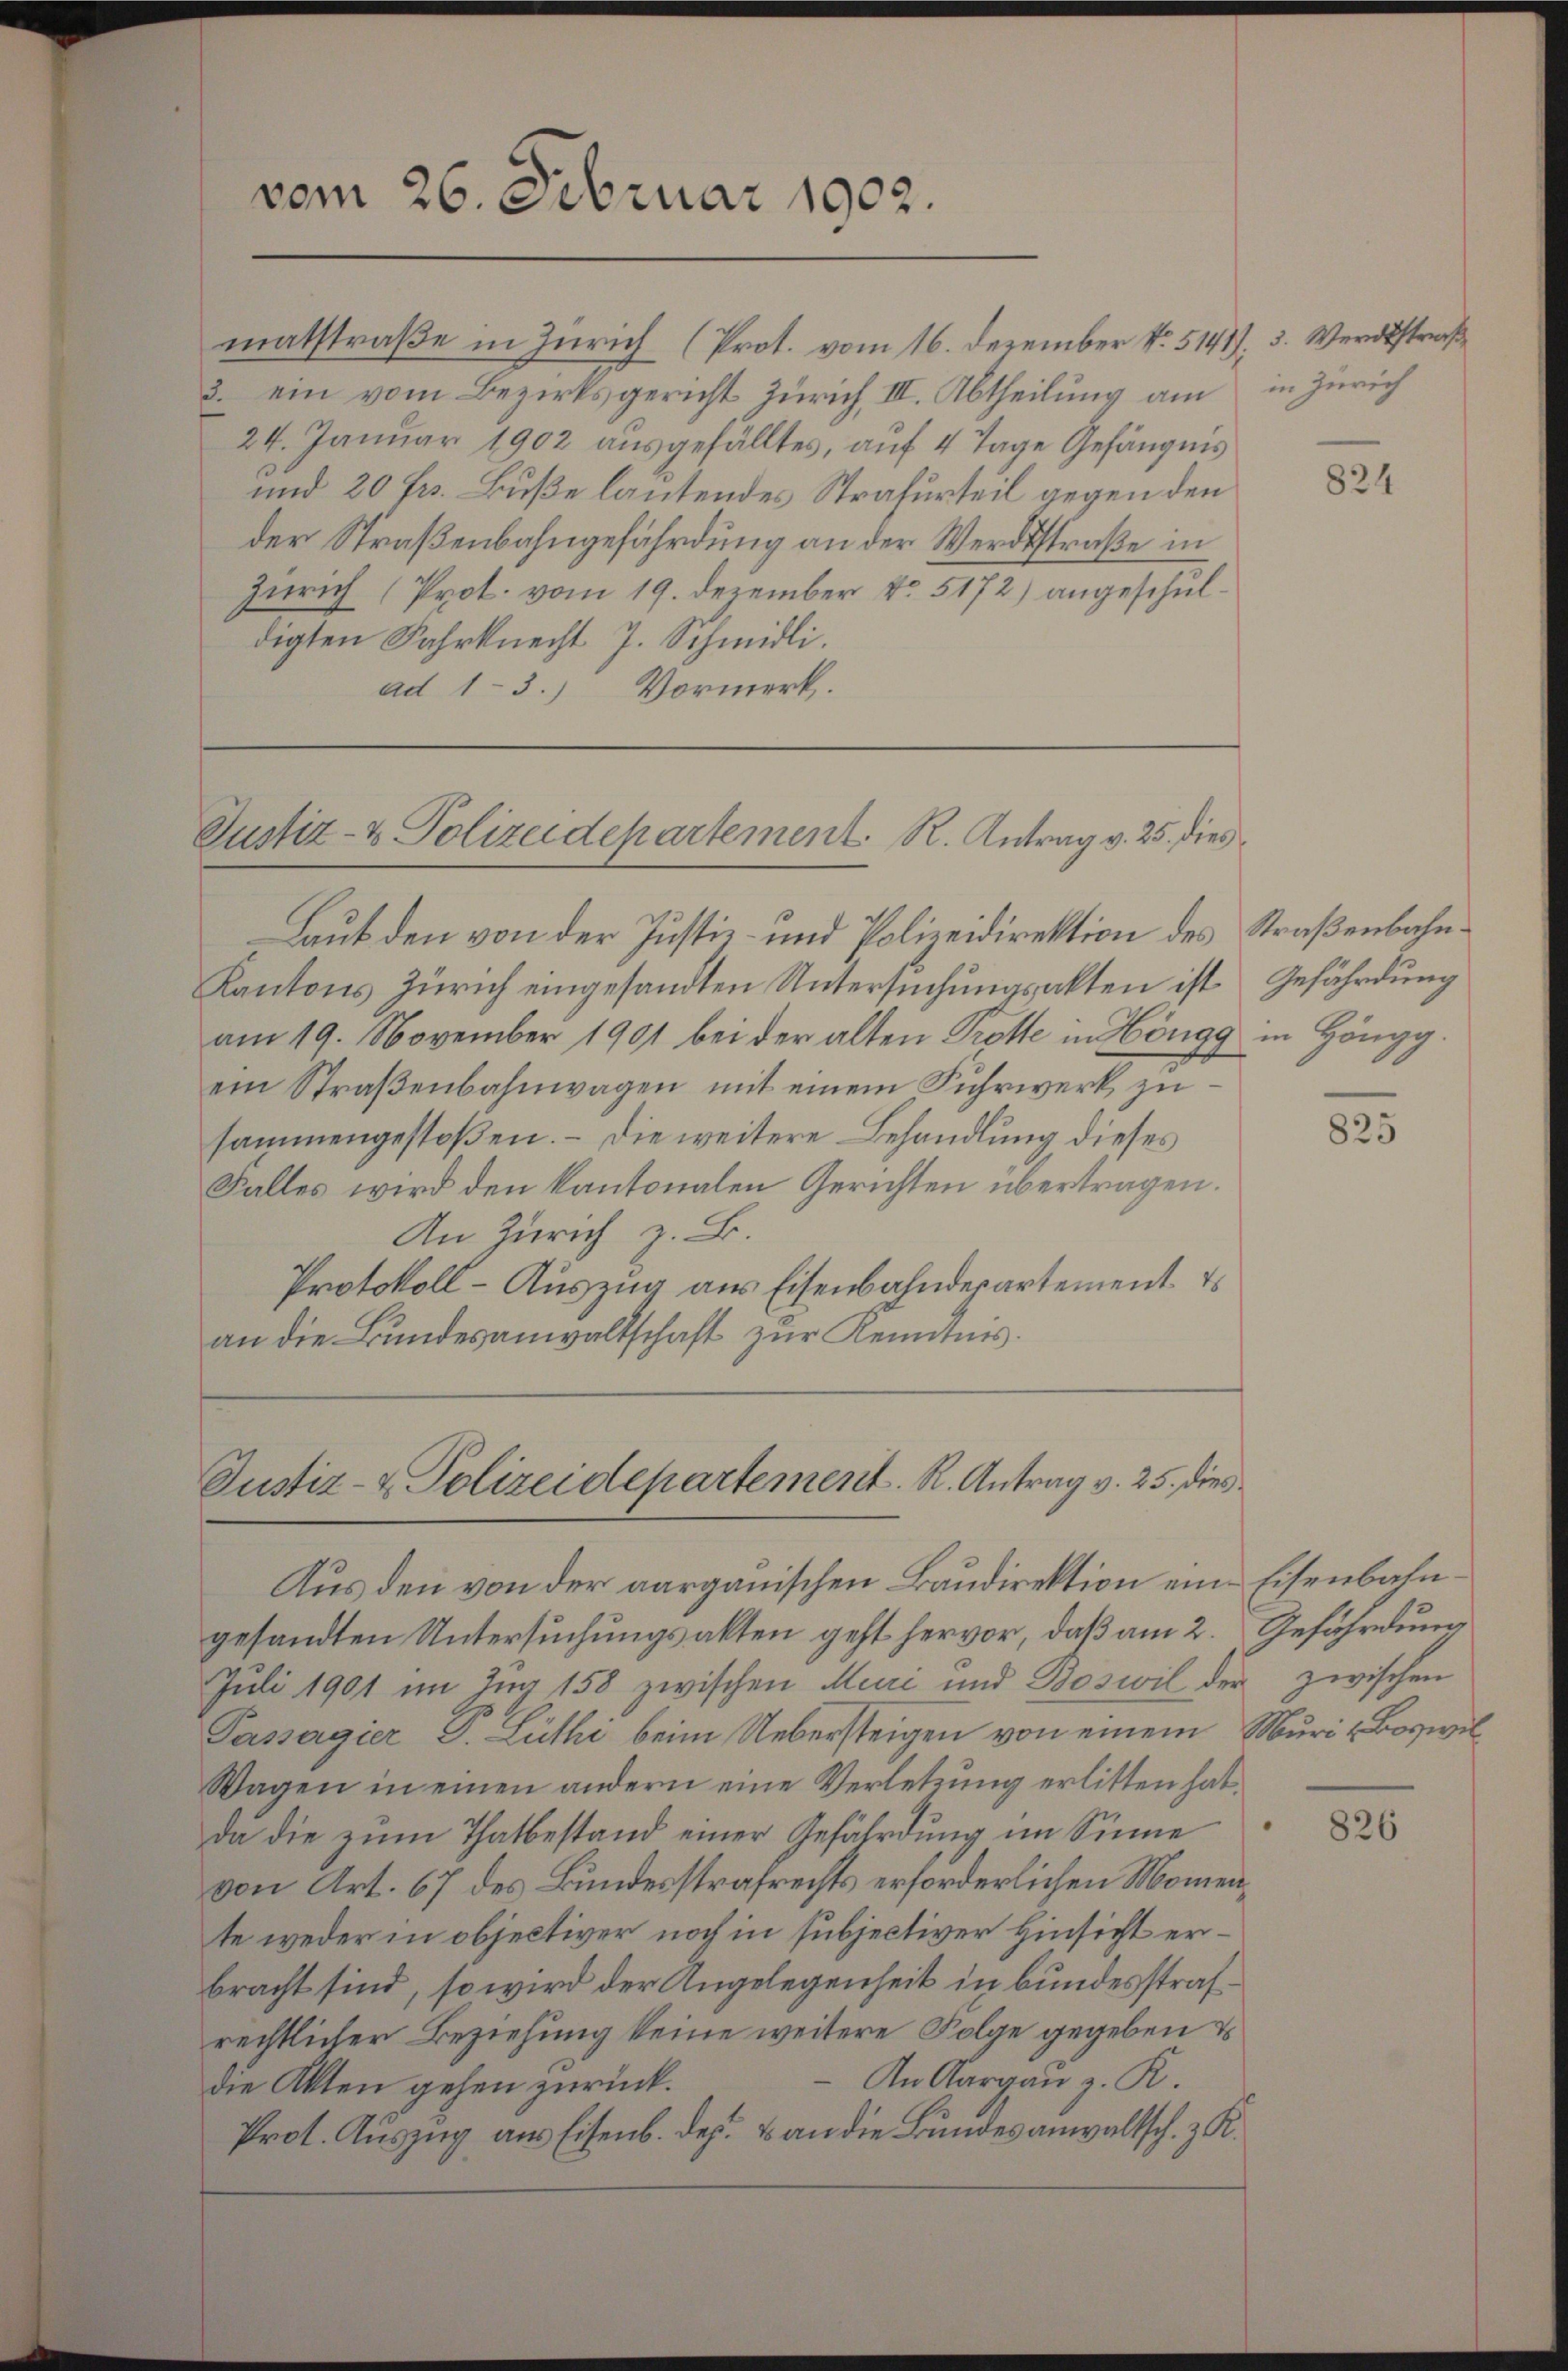
vom 26. Februar 1902.

matstraße in Zürich (Prot. vom 16. Dezember No. 5141. 3. Werdtsstraße
3. ein vom Bezirksgericht Zürich III. Abtheilung am
24. Januar 1902 ausgefälltes, auf 4 Tage Gefängnis
und 20 Fr. Buße lautendes Strafurteil gegen den
der Straßenbahngefährdung an der Werdsstraße in
Zürich (Prot. vom 19. Dezember No. 5172) angeschuldigten Fahrknecht J. Schmidli.
ad 1-3.) Vormerk.

Justiz- & Polizeidepartement. R. Antrag v. 25. dies

Laub den von der Justiz- und Polizeidirektion des Straßenbahn¬
Kantons Zürich eingesandten Untersuchungsakten ist
am 19. November 1901 bei der alten Trotte in Höngg in Höngg.
ein Straßenbahnwagen mit einem Fuhrwerk zusammengestoßen. – Die weitere Behandlung dieses
Falles wird den kantonalen Gerichten übertragen.
An Zürich z. B.
Protokoll- Auszug aus Eisenbahndepartement. Es
an die Bundesanwaltschaft zur Kenntnis.

Justiz- & Polizeidepartement. R. Antrag v. 25. dies

Aus den von der aargauischen Baudirektion eine Eisenbahngesandten Untersuchungsakten geht hervor, daß am 2. Gefährdung
Juli 1901 im Zug 158 zwischen Muri und Boswil der zwischen
Passagier J. Lüthi beim Uebersteigen von einem Muri & Boswil
Wagen in einen andern eine Verletzung erlitten hat.
da die zum Thatbestand einer Gefährdung im Sinne
von Art. 67 des Bundesstrafrechts erforderlichen Momente weder in objectiver noch in subjectiver Hinsicht erbracht sind, so wird der Angelegenheit in Bundesstrafrechtlicher Beziehung keine weitere Folge gegeben &
An Aargau z. R.
die Akten gehen zurück.
Prot. Auszug aus Eisenb. des & an die Bundesanwaltsch. z. K.

in Zürich

824

Gefährdung

825

826